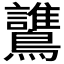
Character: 𪇻